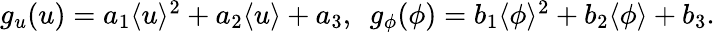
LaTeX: \begin{array}{r}{g_{u}(u)=a_{1}\langle u\rangle^{2}+a_{2}\langle u\rangle+a_{3},\ \ g_{\phi}(\phi)=b_{1}\langle\phi\rangle^{2}+b_{2}\langle\phi\rangle+b_{3}.}\end{array}